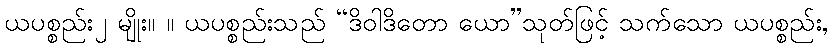
ယပစ္စည်း၂ မျိုး။ ။ ယပစ္စည်းသည် “ဒိဝါဒိတော ယော”သုတ်ဖြင့် သက်သော ယပစ္စည်း,